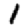
Digit: 1